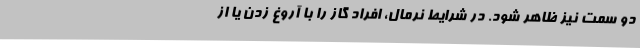
دو سمت نیز ظاهر شود. در شرایط نرمال، افراد گاز را با آروغ زدن یا از